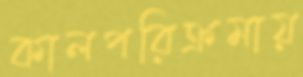
কালপরিক্রমায়